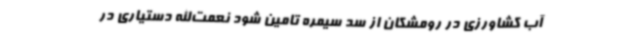
آب کشاورزی در رومشکان از سد سیمره تامین شود نعمت‌الله دستیاری در